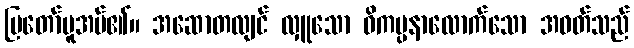
ပြတော်မူအပ်၏။ အဆောတလျင် လှူသော ဝိကပ္ပနာလောက်သော အဝတ်သည်